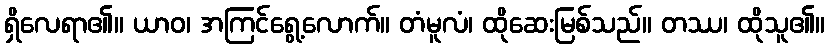
ရှိလေရာ၏။ ယာဝ၊ အကြင်ရွေ့လောက်။ တံမူလံ၊ ထိုဆေးမြစ်သည်။ တဿ၊ ထိုသူ၏။